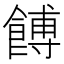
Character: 餺